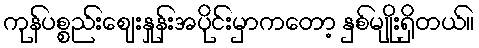
ကုန်ပစ္စည်းဈေးနှုန်းအပိုင်းမှာကတော့ နှစ်မျိုးရှိတယ်။